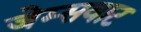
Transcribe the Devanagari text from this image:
जेम्सवाट